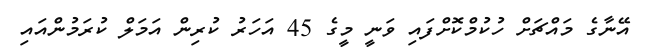
އޭނާގެ މައްޗަށް ހުކުމްކޮށްފައި ވަނީ މީގެ 45 އަހަރު ކުރިން އަމަލް ކުރަމުންއައި